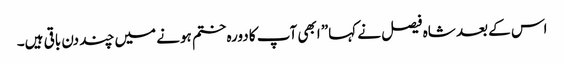
اس کے بعد شاہ فیصل نے کہا” ابھی آپ کا دورہ ختم ہونے میں چند دن باقی ہیں۔